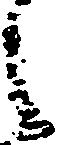
之